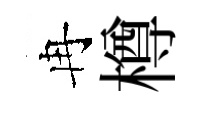
冉樽